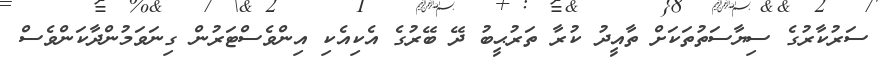
ސަރުކާރުގެ ސިޔާސަތުތަކަށް ތާއީދު ކުރާ ތަރުޙީބު ދޭ ބޭރުގެ އެކިއެކި އިންވެސްޓަރުން ގިނަވަމުންދާކަންވެސް